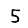
Digit: 5